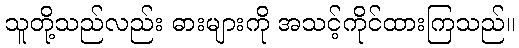
သူတို့သည်လည်း ဓားများကို အသင့်ကိုင်ထားကြသည်။